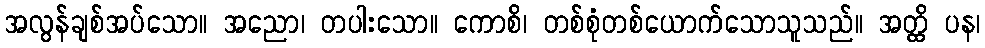
အလွန်ချစ်အပ်သော။ အညော၊ တပါးသော။ ကောစိ၊ တစ်စုံတစ်ယောက်သောသူသည်။ အတ္ထိ ပန၊